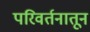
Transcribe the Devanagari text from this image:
परिवर्तनातून